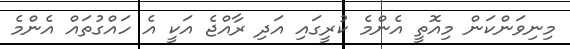
މިނިވަންކަން މިއޮތީ އެންމެ ކުރީގައި އަދި ރާއްޖެ އަކީ އެ ހައްގުތައް އެންމެ